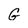
Character: G